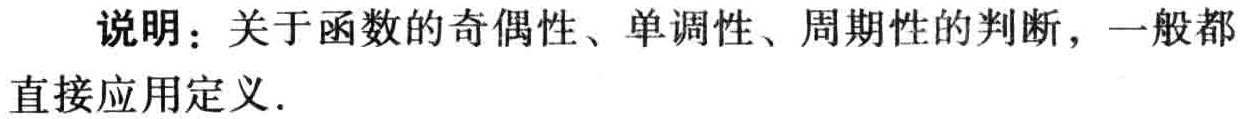
说明：关于函数的奇偶性、单调性、周期性的判断，一般都直接应用定义.